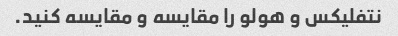
نتفلیکس و هولو را مقایسه و مقایسه کنید.